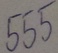
Text: 555